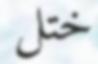
ختل